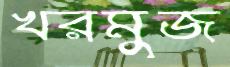
খরমুজ